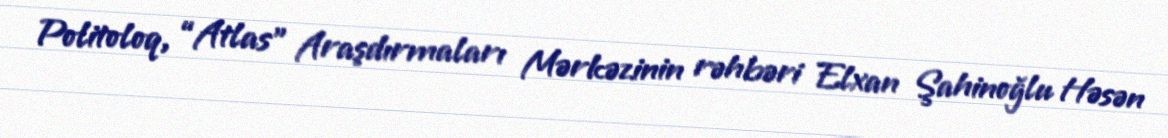
Politoloq, “Atlas” Araşdırmaları Mərkəzinin rəhbəri Elxan Şahinoğlu Həsən